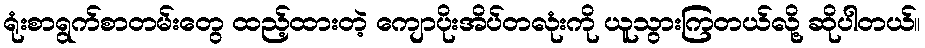
ရုံးစာရွက်စာတမ်းတွေ ထည့်ထားတဲ့ ကျောပိုးအိပ်တလုံးကို ယူသွားကြတယ်လို့ ဆိုပါတယ်။